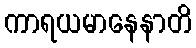
ကာရယမာနေနာတိ